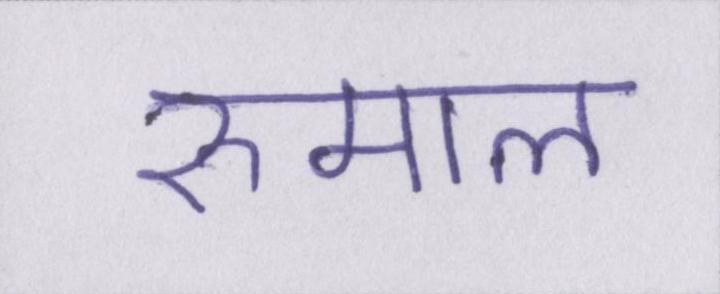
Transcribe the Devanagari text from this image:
रुमाल